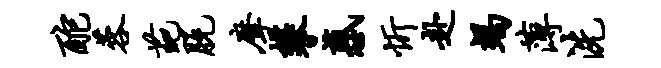
酡蓉葩脱摩攀惑忻赴竭薄洗